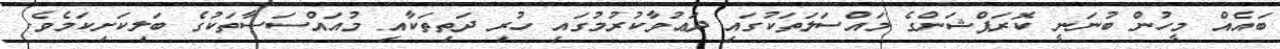
ބައެއް މީހުން ބުނަނީ ކޮރަޕްޝަންގެ މައްސަލަތަކުގައި ދަޢުވާކުރުމުގައި ހުރި ދަތިތަކާއި މުއައްސަސާތަކުގެ ބަލިކަށިކަމެވެ.